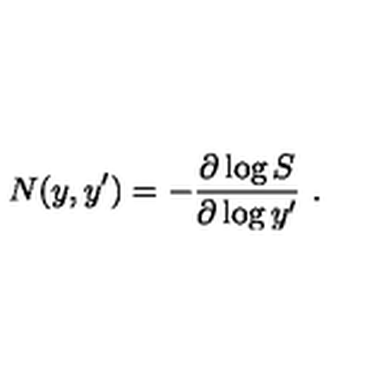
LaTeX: N ( y , y ^ { \prime } ) = - { \frac { \partial \log S } { \partial \log y ^ { \prime } } } \ .